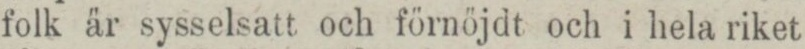
folk är sysselsatt och förnöjdt och i hela riket